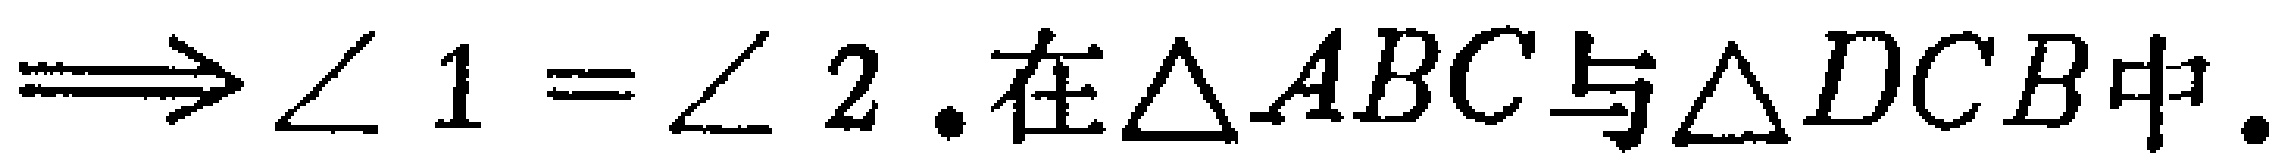
$\Longrightarrow\angle 1 = \angle 2.在\triangle ABC与\triangle DCB中.$